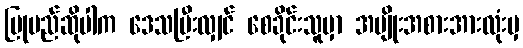
ပြုမည်ဆိုပါက ဒေသပြီးလျှင် စေခိုင်းသူမှာ အမျိုးအစားအားလုံးမှ